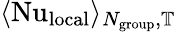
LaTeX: \langle\mathrm{Nu}_{\textrm{local}}\rangle_{N_{\textrm{group}},\mathbb{T}}